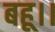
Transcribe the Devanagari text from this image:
बहू।।